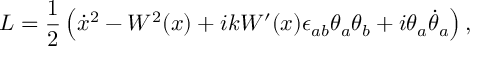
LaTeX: L = \frac { 1 } { 2 } \left( \dot { x } { } ^ { 2 } - W ^ { 2 } ( x ) + i k W ^ { \prime } ( x ) \epsilon _ { a b } \theta _ { a } \theta _ { b } + i \theta _ { a } \dot { \theta } _ { a } \right) ,